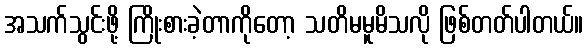
အသက်သွင်းဖို့ ကြိုးစားခဲ့တာကိုတော့ သတိမမူမိသလို ဖြစ်တတ်ပါတယ်။